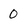
Character: 0